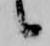
候